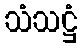
သံသဋ္ဌံ